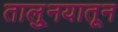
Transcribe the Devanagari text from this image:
तालु्नयातून